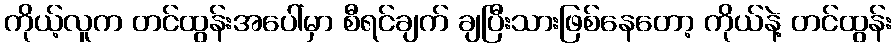
ကိုယ့်လူက တင်ထွန်းအပေါ်မှာ စီရင်ချက် ချပြီးသားဖြစ်နေတော့ ကိုယ်နဲ့ တင်ထွန်း